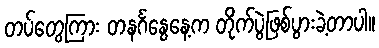
တပ်တွေကြား တနင်္ဂနွေနေ့က တိုက်ပွဲဖြစ်ပွားခဲ့တာပါ။